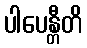
ပါပေန္တီတိ